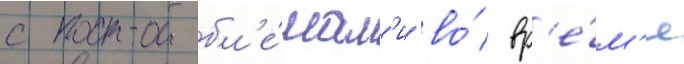
с пробл'е́мам'и во́ вр'е́м'я